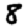
Digit: 8